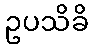
ဥပသိခိ